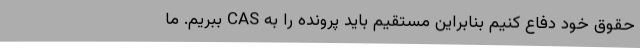
حقوق خود دفاع کنیم بنابراین مستقیم باید پرونده را به CAS ببریم. ما